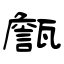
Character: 甔